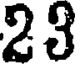
23